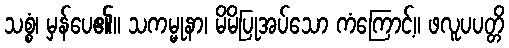
သစ္စံ၊ မှန်ပေ၏။ သကမ္မုနာ၊ မိမိပြုအပ်သော ကံကြောင့်။ ဖလူပပတ္တိ